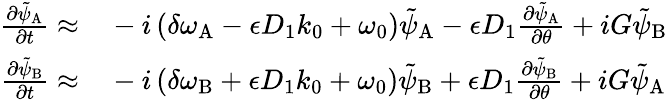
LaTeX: \begin{array}{rl}{\frac{\partial\tilde{\psi}_{\mathrm{A}}}{\partial t}\approx}&{{}-i\left(\delta\omega_{\mathrm{A}}-\epsilon D_{1}k_{0}+\omega_{0}\right)\tilde{\psi}_{\mathrm{A}}-\epsilon D_{1}\frac{\partial\tilde{\psi}_{\mathrm{A}}}{\partial\theta}+iG\tilde{\psi}_{\mathrm{B}}}\\ {\frac{\partial\tilde{\psi}_{\mathrm{B}}}{\partial t}\approx}&{{}-i\left(\delta\omega_{\mathrm{B}}+\epsilon D_{1}k_{0}+\omega_{0}\right)\tilde{\psi}_{\mathrm{B}}+\epsilon D_{1}\frac{\partial\tilde{\psi}_{\mathrm{B}}}{\partial\theta}+iG\tilde{\psi}_{\mathrm{A}}}\end{array}